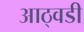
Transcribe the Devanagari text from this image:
आठ्वडी